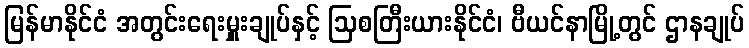
မြန်မာနိုင်ငံ အတွင်းရေးမှူးချုပ်နှင့် ဩစတြီးယားနိုင်ငံ၊ ဗီယင်နာမြို့တွင် ဌာနချုပ်